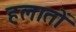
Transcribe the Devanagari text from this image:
हलातों